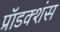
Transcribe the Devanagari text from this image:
प्रॉडक्शंस